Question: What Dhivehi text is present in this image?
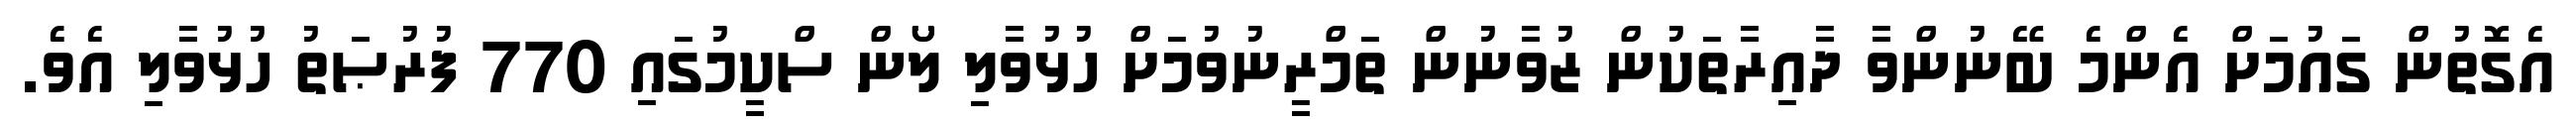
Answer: އެގޮތުން ގައުމަށް އެންމެ ބޭނުންވާ ދާއިރާތަކުން ޒުވާނުން ތަމްރީނުވުމަށް ހުޅުވާލި ލޯން ސްކީމުގައި 770 ފުރުޞަތު ހުޅުވާލި އެވެ.